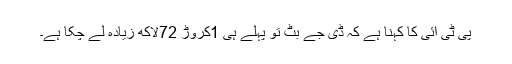
پی ٹی آئی کا کہنا ہے کہ ڈی جے بٹ تو پہلے ہی 1کروڑ 72لاکھ زیادہ لے چکا ہے۔